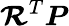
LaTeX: {\boldsymbol{\mathcal{R}}}^{T}{\boldsymbol{P}}